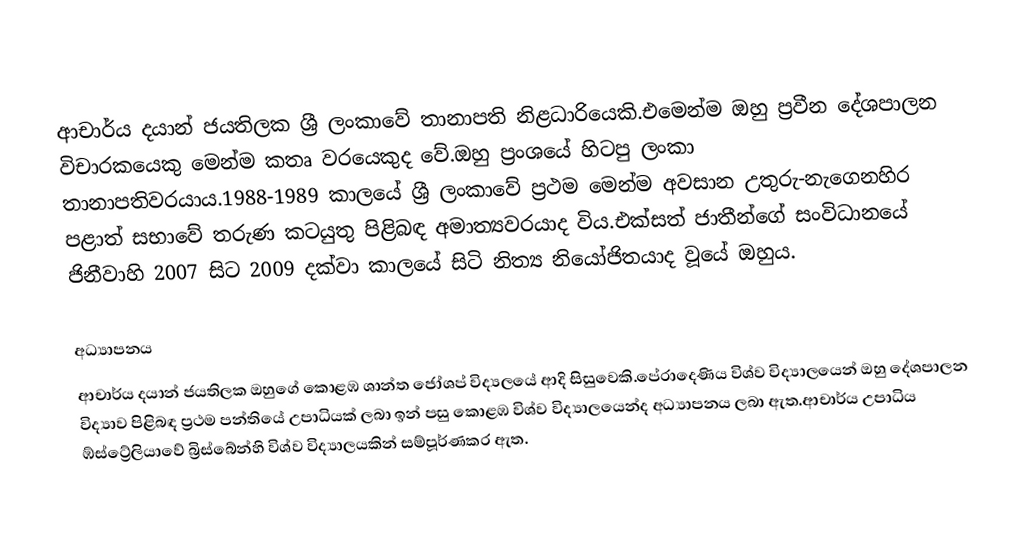
ආචාර්ය දයාන් ජයතිලක ශ්‍රී ලංකාවේ තානාපති නිළධාරියෙකි.එමෙන්ම ඔහු ප්‍රවීන දේශපාලන විචාරකයෙකු මෙන්ම කතෘ වරයෙකුද වේ.ඔහු ප්‍රංශයේ හිටපු ලංකා තානාපතිවරයාය.1988-1989 කාලයේ ශ්‍රී ලංකාවේ ප්‍රථම මෙන්ම අවසාන උතුරු-නැගෙනහිර පළාත් සභාවේ තරුණ කටයුතු පිළිබඳ අමාත්‍යවරයාද විය.එක්සත් ජාතීන්ගේ සංවිධානයේ ජිනීවාහි 2007 සිට 2009 දක්වා කාලයේ සිටි නිත්‍ය නියෝජිතයාද වූයේ ඔහුය.

අධ්‍යාපනය
ආචාර්ය දයාන් ජයතිලක ඔහුගේ කොළඹ ශාන්ත ජෝශප් විද්‍යලයේ ආදි සිසුවෙකි.පේරාදෙණිය විශ්ව විද්‍යාලයෙන් ඔහු දේශපාලන විද්‍යාව පිළිබඳ ප්‍රථම පන්තියේ උපාධියක් ලබා ඉන් පසු කොළඹ විශ්ව විද්‍යාලයෙන්ද අධ්‍යාපනය ලබා ඇත.ආචාර්ය උපාධිය ඹ්ස්ට්‍රේලියාවේ බ්‍රිස්බේන්හි විශ්ව විද්‍යාලයකින් සම්පූර්ණකර ඇත.